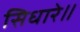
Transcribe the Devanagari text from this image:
सिधारे॥